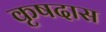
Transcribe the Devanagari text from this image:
कृषदास